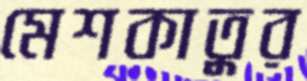
মেশকাতুর